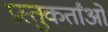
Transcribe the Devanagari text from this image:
प्रस्तुकर्तांओं